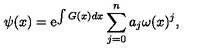
\psi ( x ) = \mathrm { e } ^ { \int G ( x ) d x } \sum _ { j = 0 } ^ { n } a _ { j } \omega ( x ) ^ { j } ,